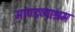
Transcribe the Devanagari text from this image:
माण्डव्याश्रम